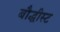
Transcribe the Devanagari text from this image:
बौद्धीस्ट